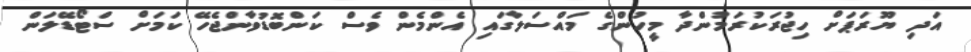
އަދި ޔޫރަޕަށް ހިޖުރަކުރަމުންދާ މީހުންގެ މައްސަލާގައި އެންމެން ވެސް ކަންބޮޑުވާންޖެހޭ ކަމަށް ސްޓޯޑޭލަން